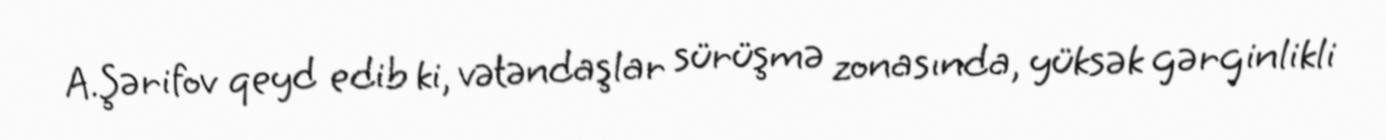
A.Şərifov qeyd edib ki, vətəndaşlar sürüşmə zonasında, yüksək gərginlikli